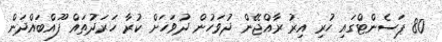
80 ޕަސެންޓްގައި ހުރި އިރު ރާއްޖޭން ދުވަހުން ދުވަހަށް ކުރާ ހަރަދުތައް ފޫއްބައްދަން